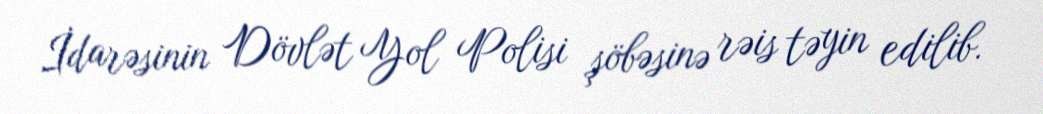
İdarəsinin Dövlət Yol Polisi şöbəsinə rəis təyin edilib.